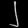
Digit: ၂